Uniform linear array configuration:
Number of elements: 48
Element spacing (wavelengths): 1
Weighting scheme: hann
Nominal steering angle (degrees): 60
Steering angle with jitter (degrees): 59.132
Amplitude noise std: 0.05
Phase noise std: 0.05

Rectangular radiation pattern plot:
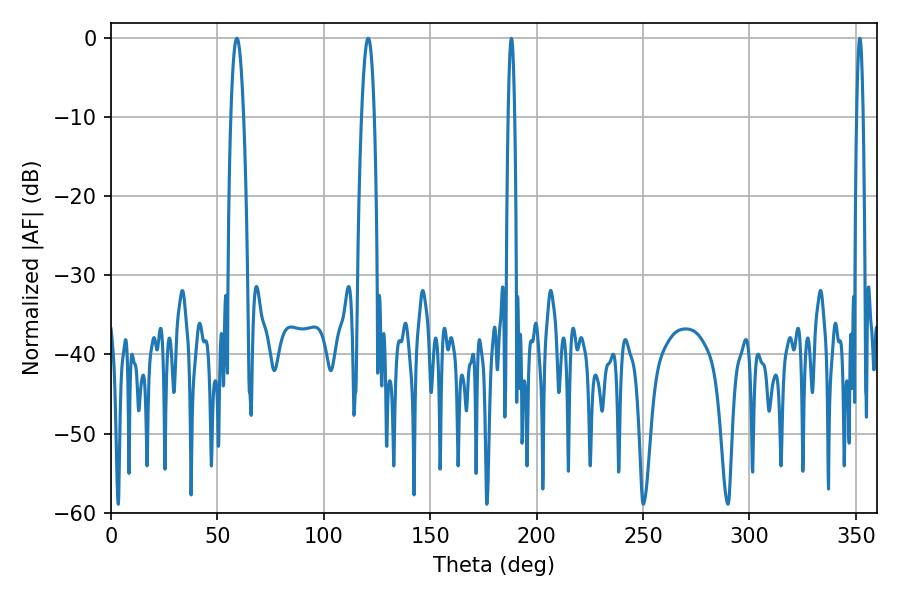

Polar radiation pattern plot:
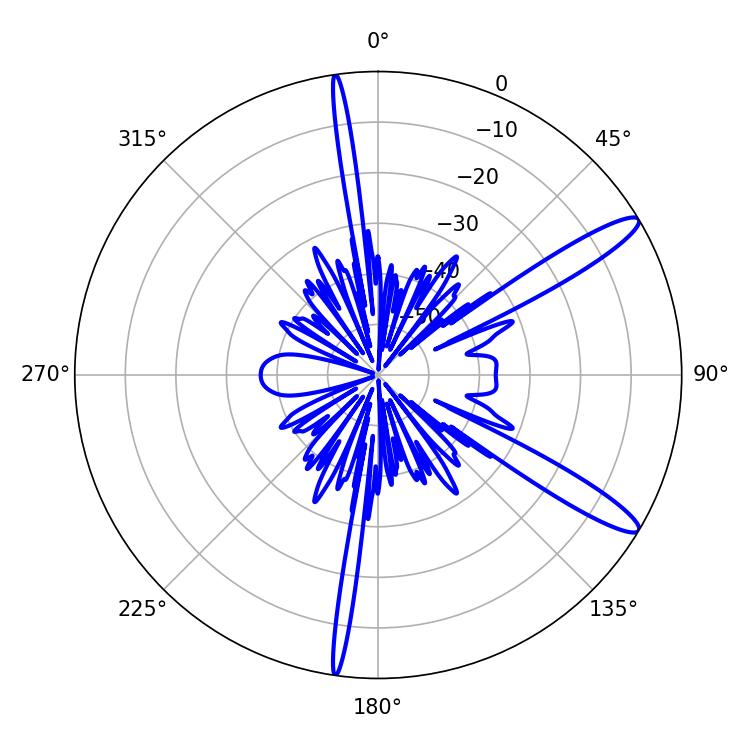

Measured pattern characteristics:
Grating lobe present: TRUE
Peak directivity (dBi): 13.057
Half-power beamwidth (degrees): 1.62
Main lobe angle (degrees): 188.1